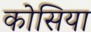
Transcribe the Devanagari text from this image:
कोसिया